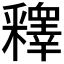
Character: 𨤟